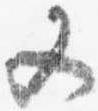
又